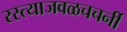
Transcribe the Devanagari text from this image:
रस्त्याजवळचचर्नी